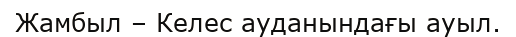
Жамбыл – Келес ауданындағы ауыл.